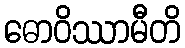
ဓောဝိဿာမီတိ